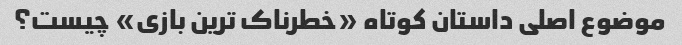
موضوع اصلی داستان کوتاه «خطرناک ترین بازی» چیست؟